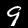
Digit: 9